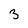
Character: 3